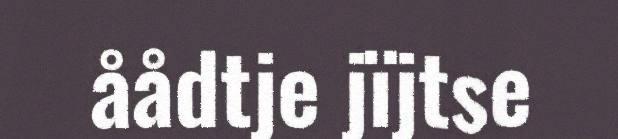
åådtje jïjtse